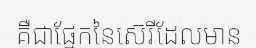
គឺជាផ្នែកនៃស៊េរីដែលមាន